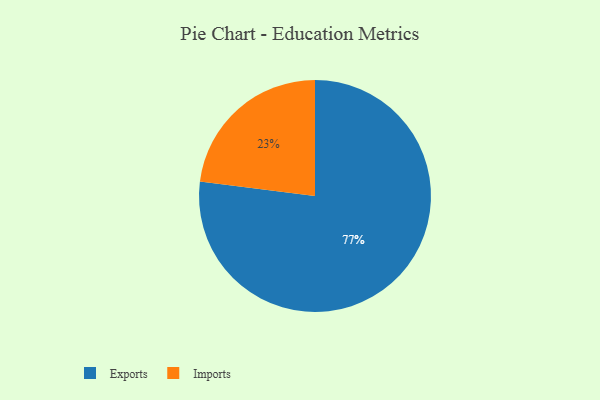
{"axis": {"x": "Category", "y": "Percentage"}, "legend": ["Exports", "Imports"], "data": [{"x": "Exports", "y": 77, "type": "Exports"}, {"x": "Imports", "y": 23, "type": "Imports"}]}